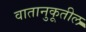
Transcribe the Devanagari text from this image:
वातानुकूतील